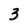
Character: 3